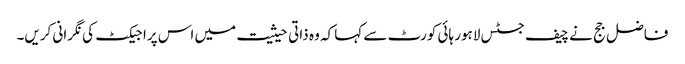
فاضل جج نے چیف جسٹس لاہور ہائی کورٹ سے کہا کہ وہ ذاتی حیثیت میں اس پراجیکٹ کی نگرانی کریں۔